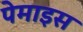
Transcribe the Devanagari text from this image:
पेमाइस